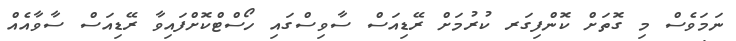
ނަމަވެސް މި ގޮތަށް ކޮންފިގަރ ކުރުމަށް ރޭޑިއަސް ސާވިސްގައި ހޯސްޓްކޮށްފައިވާ ރޭޑިއަސް ސާވާއެއް